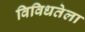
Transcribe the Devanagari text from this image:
विविधतेला